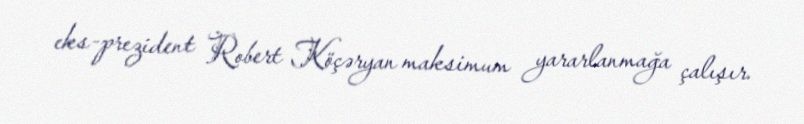
eks-prezident Robert Köçəryan maksimum yararlanmağa çalışır.